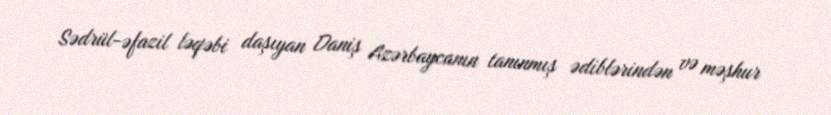
Sədrül-əfazil ləqəbi daşıyan Daniş Azərbaycanın tanınmış ədiblərindən və məşhur